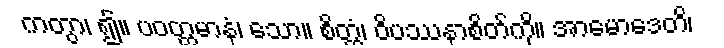
ကတွာ၊ ၍။ ပဝတ္တမာနံ၊ သော။ စိတ္တံ၊ ဝိပဿနာစိတ်ကို။ အာမောဒေတိ၊